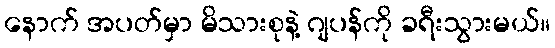
နောက် အပတ်မှာ မိသားစုနဲ့ ဂျပန်ကို ခရီးသွားမယ်။